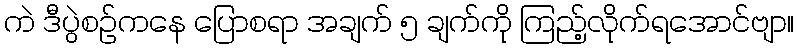
ကဲ ဒီပွဲစဥ်ကနေ ပြောစရာ အချက် ၅ ချက်ကို ကြည့်လိုက်ရအောင်ဗျာ။